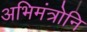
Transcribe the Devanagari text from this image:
अभिमंत्रोनि